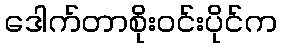
ဒေါက်တာစိုးဝင်းပိုင်က